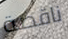
ناقصة